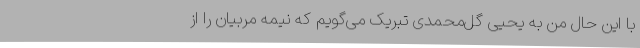
با این حال من به یحیی گل‌محمدی تبریک می‌گویم که نیمه مربیان را از